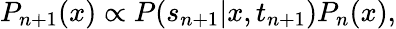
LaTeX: P_{n+1}(x)\propto P(s_{n+1}|x,t_{n+1})P_{n}(x),